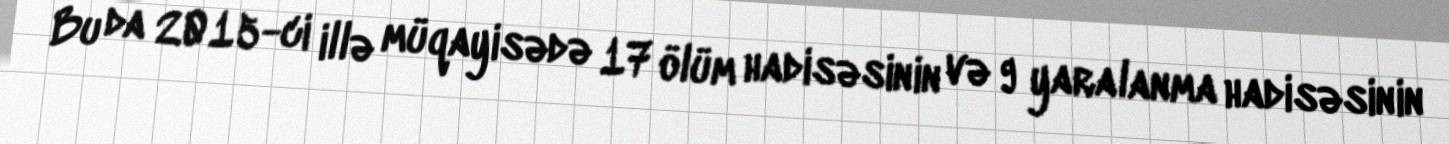
Bu da 2015-ci illə müqayisədə 17 ölüm hadisəsinin və 9 yaralanma hadisəsinin